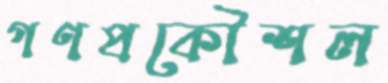
গণপ্রকৌশল